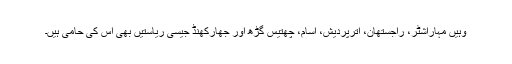
وہیں مہاراشٹر، راجستھان، اترپردیش، آسام، چھتیس گڑھ اور جھارکھنڈ جیسی ریاستیں بھی اس کی حامی ہیں۔